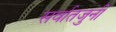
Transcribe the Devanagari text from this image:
सर्वातजुनी